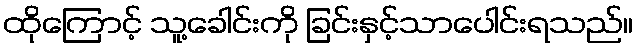
ထိုကြောင့် သူ့ခေါင်းကို ခြင်းနှင့်သာပေါင်းရသည်။